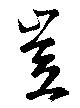
豈